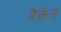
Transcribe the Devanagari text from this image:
नैकेन